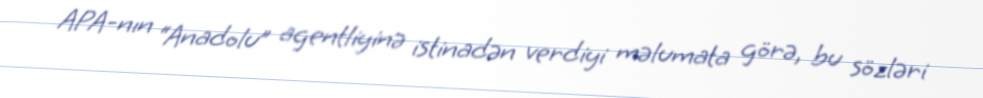
APA-nın “Anadolu” agentliyinə istinadən verdiyi məlumata görə, bu sözləri